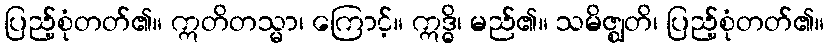
ပြည့်စုံတတ်၏။ ဣတိတသ္မာ၊ ကြောင့်။ ဣဒ္ဓိ၊ မည်၏။ သမိဇ္ဈတိ၊ ပြည့်စုံတတ်၏။